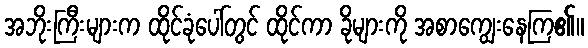
အဘိုးကြီးများက ထိုင်ခုံပေါ်တွင် ထိုင်ကာ ခိုများကို အစာကျွေးနေကြ၏။